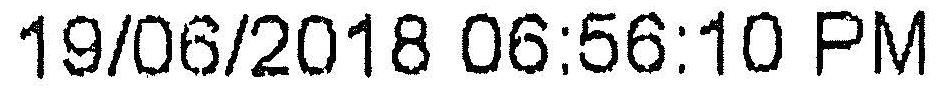
19/06/2018 06:56:10 PM